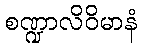
စဏ္ဍာလိဝိမာနံ